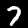
Digit: 7